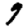
Digit: 9